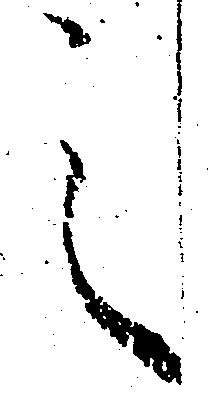
之